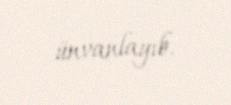
ünvanlayıb.